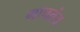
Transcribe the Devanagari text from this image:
मापतंत्र